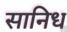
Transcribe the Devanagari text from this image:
सानिध